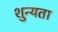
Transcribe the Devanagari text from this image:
शुन्यता